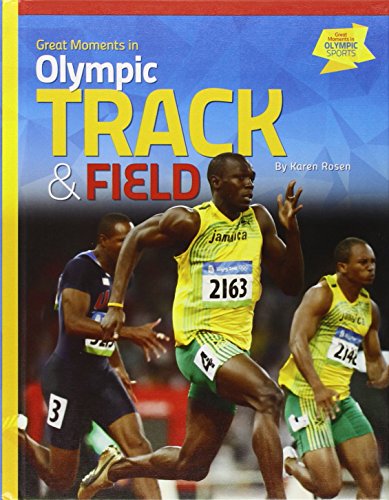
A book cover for Great Moments in Olympic Track & Field (Great Moments in Olympic Sports); Karen Rosen; Children's Books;